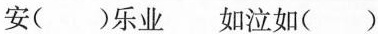
安( )乐业 如泣如( )